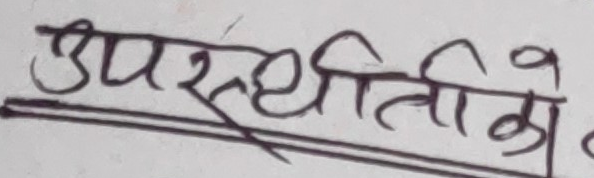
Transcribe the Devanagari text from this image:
उपस्थिति को